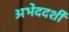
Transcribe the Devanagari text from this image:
अभेददर्शी